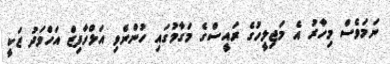
ނަމަވެސް މިހާރު އެ މަޖިލީހުގެ ރައީސްގެ މަގާމުގައި ހުންނެވި އަލްހާފިޒް އަހްމަދު ޒަކީ